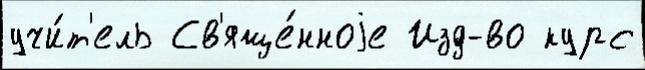
учи́т'ель Св'яще́нноjе Изд-во курс